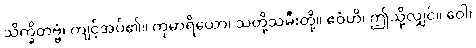
သိက္ခိတဗ္ဗံ၊ ကျင့်အပ်၏။ ကုမာရိယော၊ သတို့သမီးတို့။ ဧဝံဟိ၊ ဤသို့လျှင်။ ဝေါ၊